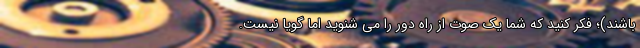
باشند)؛ فکر کنید که شما یک صوت از راه دور را می شنوید اما گویا نیست.